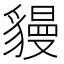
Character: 䝢